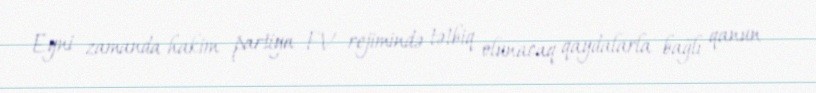
Eyni zamanda hakim partiya FV rejimində tətbiq olunacaq qaydalarla bağlı qanun